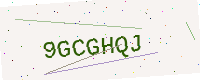
Text: 9GCGHQJ